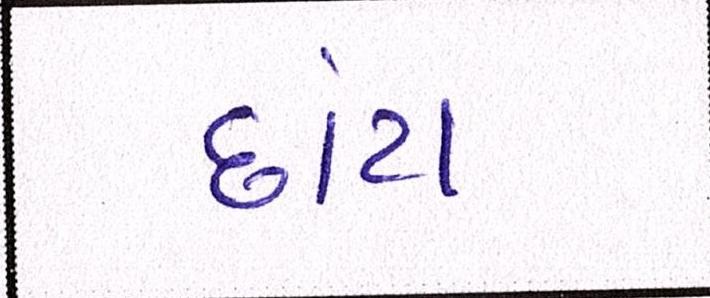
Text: છાંટા